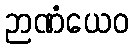
ဉာဏံယေဝ